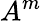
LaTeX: A^{m}